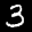
Label: 3